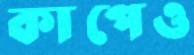
কাপেও